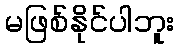
မဖြစ်နိုင်ပါဘူး